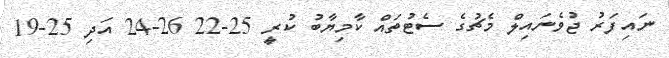
ނައިފަރު ޖުވެނައިލް މެޗުގެ ސެޓުތައް ކާމިޔާބު ކުރީ 25-22 26-24 އަދި 25-19